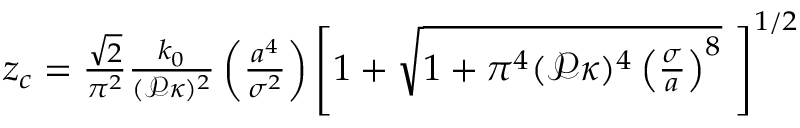
\begin{array} { r } { z _ { c } = \frac { \sqrt { 2 } } { \pi ^ { 2 } } \frac { k _ { 0 } } { ( \mathcal { P } \kappa ) ^ { 2 } } \left( \frac { a ^ { 4 } } { \sigma ^ { 2 } } \right) \left[ 1 + \sqrt { 1 + \pi ^ { 4 } ( \mathcal { P } \kappa ) ^ { 4 } \left( \frac { \sigma } { a } \right) ^ { 8 } } \, \, \right] ^ { 1 / 2 } } \end{array}